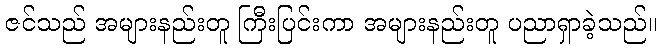
ဇင်သည် အများနည်းတူ ကြီးပြင်းကာ အများနည်းတူ ပညာရှာခဲ့သည်။